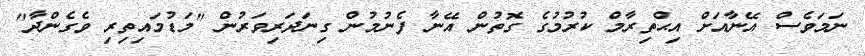
ނަމަވެސް އޭނާއަށް އިޙްތިރާމް ކުރުމުގެ ގޮތުން އޭނާ ފެނުމުން ގިނަދަރިވަރުން "މަޑުމައިތިރި ވެގެންދާ"